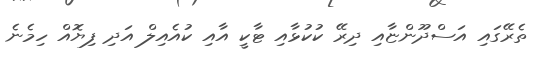
ތެރޭގައި އަސްދޫންޏާއި ދިރޭ ކުކުޅާއި ޓާކީ އާއި ކުއެއިލް އަދި ފިޔޮއް ހިމެނެ